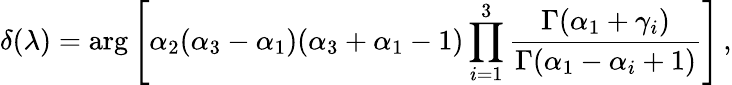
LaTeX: \delta(\lambda)=\arg\left[\alpha_{2}(\alpha_{3}-\alpha_{1})(\alpha_{3}+\alpha_{1}-1)\prod_{i=1}^{3}\frac{\Gamma(\alpha_{1}+\gamma_{i})}{\Gamma(\alpha_{1}-\alpha_{i}+1)}\right]\, ,